Vaccine operations Central Provinces 1900-1911 - 1900-1911
Year: 1900
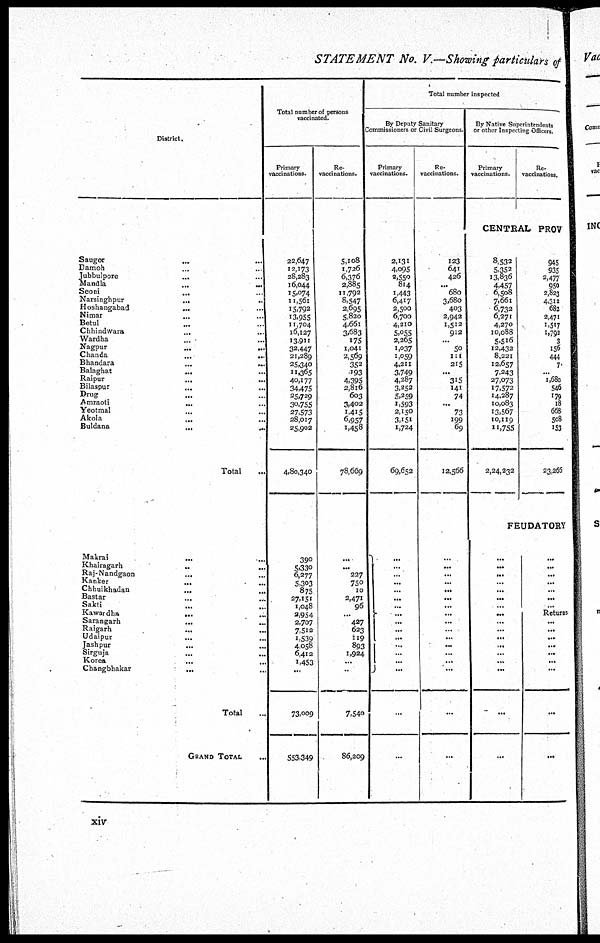
STATEMENT No. V—Showing particulars of
District.
Saugor
...
...
Damoh ... ...
Jubbulpore
...
...
Mandla ... ...
Seoni
...
...
Narsinghpur
...
...
Hoshangabad ... ...
Nimar
...
...
Betul ... ...
Chhindwara
...
...
Wardha ... ...
Nagpur ... ...
Chanda
...
...
Bhandara
...
...
Balaghat
...
...
Raipur
...
...
Bilaspur
...
...
Drug ... ...
Amraoti ... ...
Yeotmal ... ...
Akola
...
...
Buldana ... ...
Total ...
Makrai ... ...
Khairagarh ... ...
Raj-Nandgaon
...
...
Ranker
...
...
Chhuikhadan
...
...
Bastar ... ...
Sakti
...
Kawardha
...
...
Sarangarh ... ...
Raigarh ... ...
Udaipur ... ...
Jashpur ... ...
Sirguja ... ...
Korea ... ...
Changbhakar
...
...
Total ...
GRAND TOTAL ...
Total number of persons
vaccinated.
Primary
vaccinations.
22,647
12,173
28,283
16,044
15,074
11,561
15,792
13,955
11,704
16,127
13,911
32,447
21,289
25,340
11,365
40,177
34,475
25,729
30,755
27,573
28,017
25,902
4,80,340
390
5,330
6,277
5,303
875
27,151
1,048
2,954
2,707
7,512
1,539
4,058
6,412
1,453
...
73,009
553,349
Re-
vaccinations.
5,108
1,726
6,376
2,885
11,792
8,547
2,695
5,820
4,661
3,683
175
1,041
2,569
352
193
4,395
2,816
603
3,402
1,415
6,957
1,458
78,669
...
...
227
750
10
2,471
96
...
427
623
119
893
1,924
...
...
7,540
86,209
Total number inspected
By Deputy Sanitary
Commissioners or Civil Surgeons.
Primary
vaccinations.
2,131
4,095
2,550
814
1,443
6,417
2,500
6,700
4,210
5,055
2,265
1,037
1,059
4,211
3,749
4,287
3,252
5,259
1,593
2,150
3,151
1,724
69,652
...
...
...
...
...
...
...
...
...
...
...
...
...
...
...
...
...
Re-
vaccinations.
123
641
426
...
680
3,680
403
2,942
1,512
912
...
50
111
215
...
315
141
74
...
73
199
69
12,566
...
...
...
...
...
...
...
...
...
...
...
...
...
...
...
...
...
By Native Superintendents
or other Inspecting Officers.
Primary
vaccinations.
Re-
vaccinations.
CENTRAL PROV
8,532
5,352
13,836
4,457
6,508
7,661
6,732
6,271
4,270
10,088
5,516
12,432
8,221
12,657
7,243
27,073
17,572
14,287
10,083
13,567
10,119
11,755
2,24,232
945
935
2,477
950
2,823
4,312
682
2,471
1,517
1,792
3
156
444
7
...
1,680
546
179
18
668
508
153
23,266
FEUDATORY
...
...
...
...
...
...
...
...
...
...
...
...
...
...
...
...
...
...
...
...
...
...
...
Returns
...
...
...
...
...
...
...
...
...
xiv